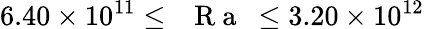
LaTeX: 6.40\times 10^{11}\leq\mathrm{~\textit~{~R~a~}~}\leq 3.20\times 10^{12}